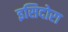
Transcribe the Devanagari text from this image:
इसिदोरा